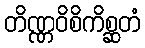
တိဏ္ဏဝိစိကိစ္ဆတံ